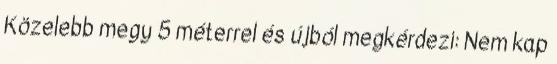
Közelebb megy 5 méterrel és újból megkérdezi: Nem kap